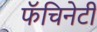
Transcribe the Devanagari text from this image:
फॅचिनेटी